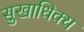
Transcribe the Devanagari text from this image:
सुखाधिक्य